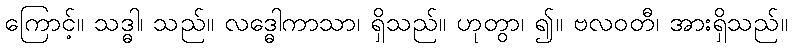
ကြောင့်။ သဒ္ဓါ၊ သည်။ လဒ္ဓေါကာသာ၊ ရှိသည်။ ဟုတွာ၊ ၍။ ဗလဝတီ၊ အားရှိသည်။